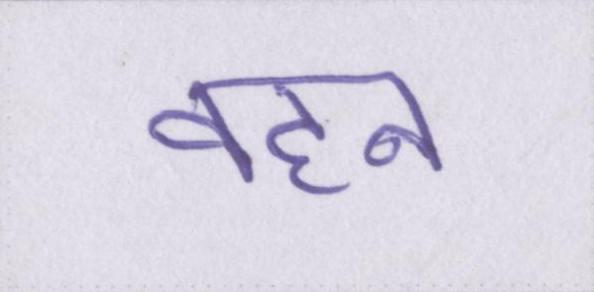
वहन